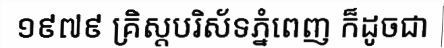
១៩៧៩ គ្រិស្តបរិស័ទភ្នំពេញ ក៏ដូចជា